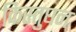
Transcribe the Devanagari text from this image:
किस्तुघन